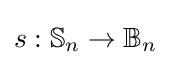
s:\mathbb {S} _{n}\to \mathbb {B} _{n}